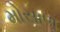
મોસાળ